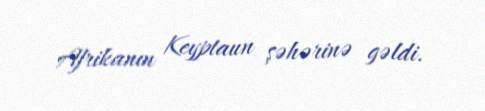
Afrikanın Keyptaun şəhərinə gəldi.